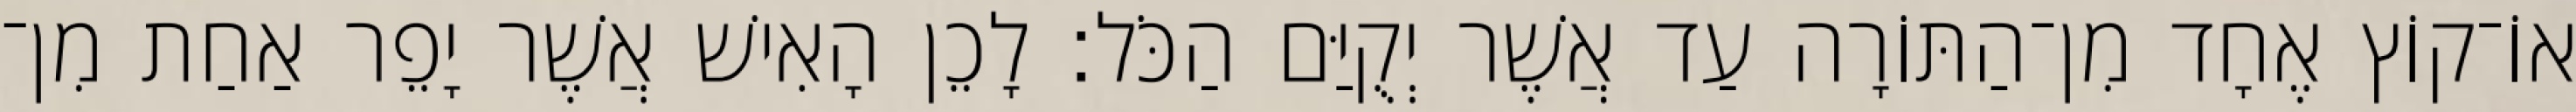
אוֹ־קוֹץ אֶחָד מִן־הַתּוֹרָה עַד אֲשֶׁר יְקֻיַּם הַכֹּל׃ לָכֵן הָאִישׁ אֲשֶׁר יָפֵר אַחַת מִן־